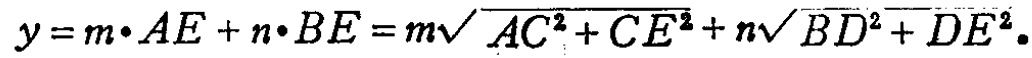
\(y = m\cdot AE + n\cdot BE = m\sqrt{AC^{2}+CE^{2}}+n\sqrt{BD^{2}+DE^{2}}\)